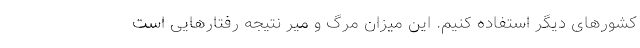
کشورهای دیگر استفاده کنیم. این میزان مرگ و میر نتیجه رفتارهایی است